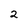
Character: 2